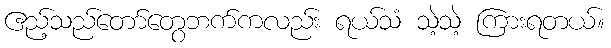
ဧည့်သည်တော်တွေဘက်ကလည်း ရယ်သံ သဲ့သဲ့ ကြားရတယ်။